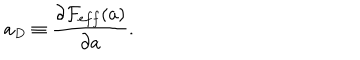
LaTeX: a _ { D } \equiv \frac { \partial { \cal F } _ { e f f } ( a ) } { \partial a } .